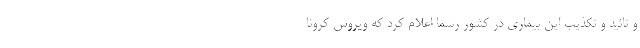
و تائید و تکذیب این بیماری در کشور رسماً اعلام کرد که ویروس کرونا